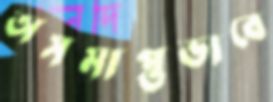
অসমাপ্তভাবে